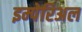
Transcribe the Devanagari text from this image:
इम्पेरिअल